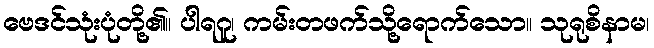
ဗေဒင်သုံးပုံတို့၏။ ပါရဂူ၊ ကမ်းတဖက်သို့ရောက်သော။ သုရုစိနာမ၊